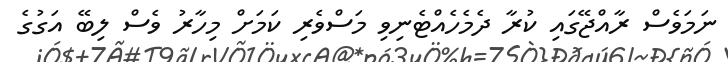
ނަމަވެސް ރާއްޖޭގައި ކުރާ ދެމެހެއްޓެނިވި މަސްވެރި ކަމަށް މިހާރު ވެސް ލިބޭ އަގުގެ